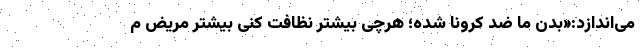
می‌اندازد:«بدن ما ضد کرونا شده؛ هرچی بیشتر نظافت کنی بیشتر مریض م